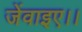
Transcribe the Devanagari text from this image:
जेंवाइए।।